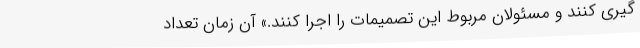
گیری کنند و مسئولان مربوط این تصمیمات را اجرا کنند.» آن زمان تعداد